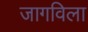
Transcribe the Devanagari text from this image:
जागविला